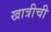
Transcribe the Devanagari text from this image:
खात्रीची